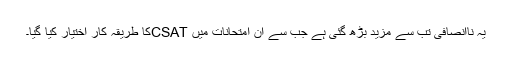
یہ ناانصافی تب سے مزید بڑھ گئی ہے جب سے ان امتحانات میں CSATکا طریقہ کار اختیار کیا گیا۔